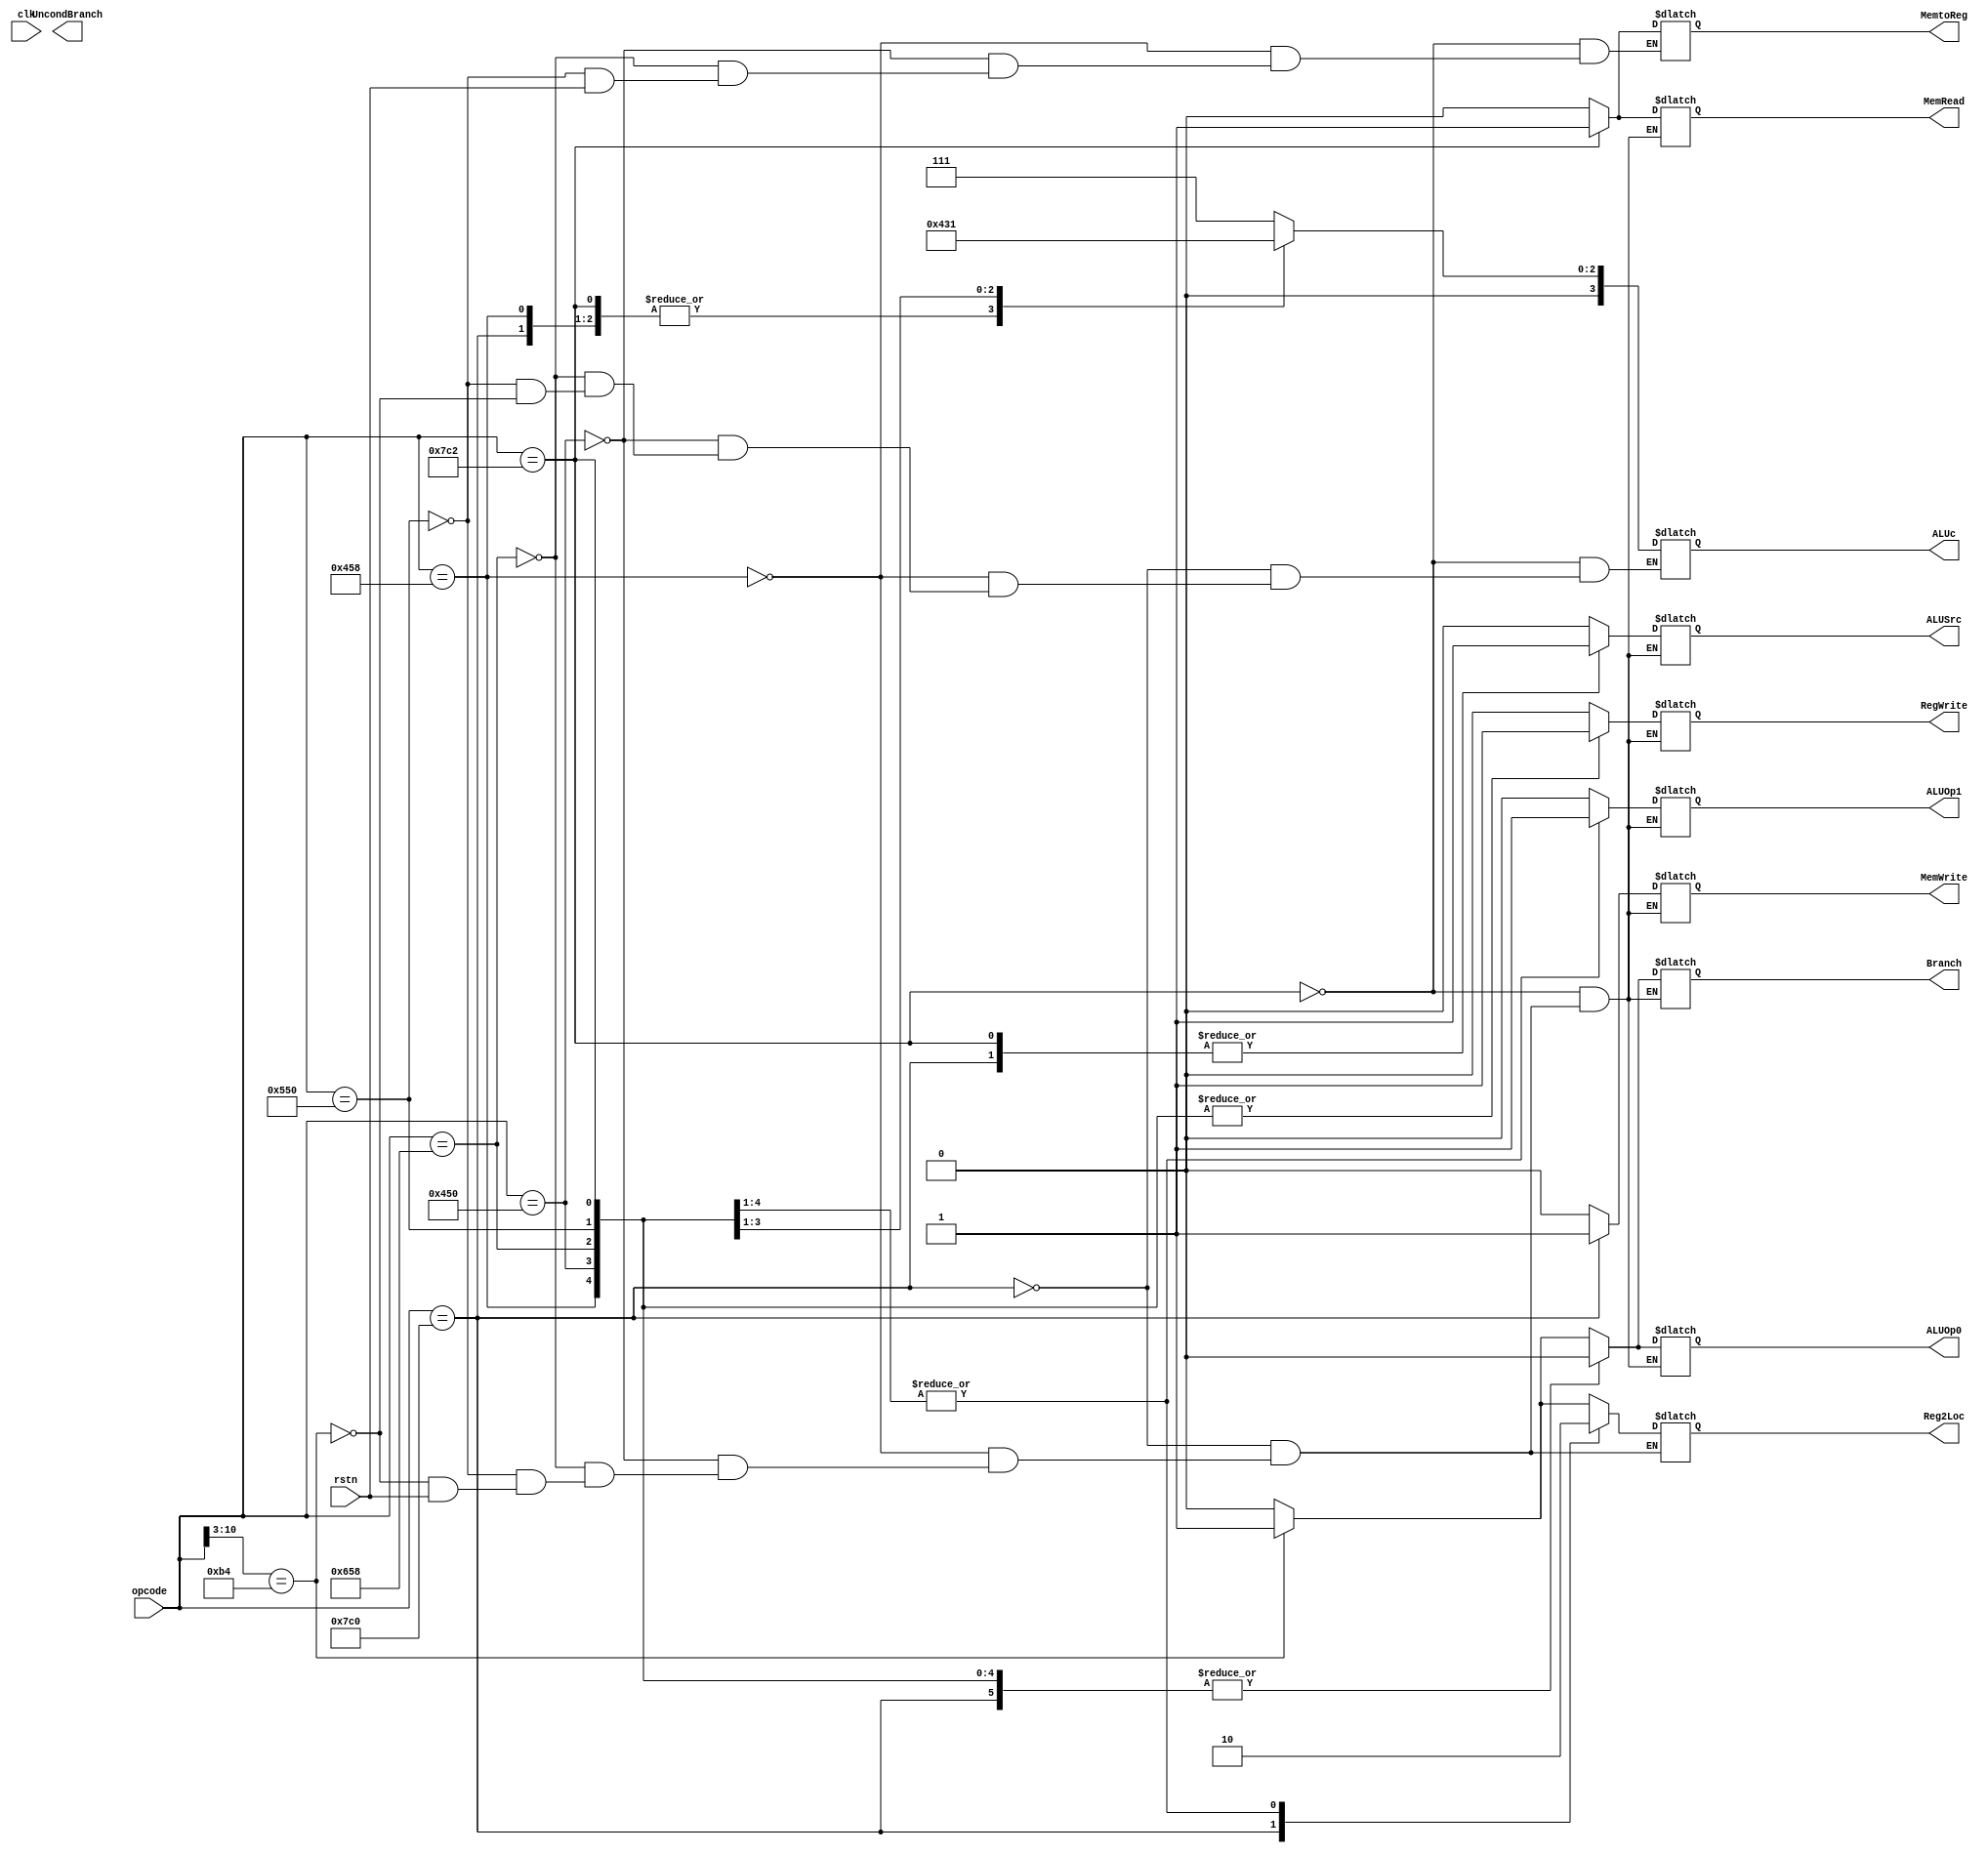
`timescale 1ns / 1ps

//DEBUG chekc if passing in is correct
module Controller(
    input clk,
    input [10:0]opcode,
    output reg Reg2Loc, ALUSrc, MemtoReg, RegWrite, MemRead, MemWrite, Branch, ALUOp1, ALUOp0,UncondBranch,
    output reg[3:0] ALUc,
    input rstn
    );
    
   // reg Reg2Loc, ALUSrc, MemtoReg, RegWrite, MemRead, MemWrite, Branch, ALUOp1, ALUOp0;
    
    //wire [11:0] opcode;
    //assign opcode = op;

    
    
    always @(*) begin //As soon as it gets input, runs operation
    
        if (rstn == 0) begin
            Reg2Loc = 0;
            ALUSrc = 0;
            MemtoReg = 0;
            RegWrite = 0;
            MemRead = 0;
            MemWrite = 0;
            Branch = 0;
            ALUOp1 = 0;
            ALUOp0 = 0;
            //ALUc = 4'b0000;
        end
    
        case(opcode[10:3])
            //CBZ
            8'b10110100: begin
                Reg2Loc = 1;
                ALUSrc = 0;
                RegWrite = 0;
                MemRead = 0;
                MemWrite = 0;
                Branch = 1;
                ALUOp1 = 0;
                ALUOp0 = 1; 
                ALUc = 4'b0111;
                //MemtoReg = don't care                   
                
                //          COND_BR_Address = operation[23:5];
                //          Rd = operation[4:0];
            end
        endcase
//        case(opcode[11:6])    //dont need to have branch
//              //B
//              6'b000101: begin
//                ALUSrc = 0;
//                MemtoReg = 0;
//                RegWrite = 0;
//                MemRead = 0;
//                MemWrite = 0;
//                Branch = 0;
//                ALUOp1 = 0;
//                ALUOp0 = 0; 
//                ALUc = 4'b0000;
//                UncondBranch = 1;
//              end
//          endcase
        case (opcode)
            //LDUR
            11'b11111000010: begin       
                ALUSrc = 1;
                MemtoReg = 1;
                RegWrite = 1;
                MemRead = 1;
                MemWrite = 0;
                Branch = 0;
                ALUOp1 = 0;
                ALUOp0 = 0; 
                ALUc = 4'b0010;

                //Reg2Loc = don't care
                
                //          DT_Address = operation[20:12];
                //          op = operation[11:10];
                //          Rn = operation[9:5];
                //          Rd = operation[4:0];
            end
            
            //STUR
            11'b11111000000: begin
                Reg2Loc = 1;
                ALUSrc = 1;
                RegWrite = 0;
                MemRead = 0;
                MemWrite = 1;
                Branch = 0;
                ALUOp1 = 0;
                ALUOp0 = 0; 
                ALUc = 4'b0010;

                //MemtoReg = don't care
                  
                //          DT_Address = operation[20:12];
                //          op = operation[11:10];
                //          Rn = operation[9:5];
                //          Rd = operation[4:0];
            end
            
            //ADD
            11'b10001011000: begin   
                Reg2Loc = 0;
                ALUSrc = 0;
                MemtoReg = 0;
                RegWrite = 1;
                MemRead = 0;
                MemWrite = 0;
                Branch = 0;
                ALUOp1 = 1;
                ALUOp0 = 0; 
                ALUc = 4'b0010;
                              
                //          Rm = operation[20:16];
                //          Shamt = operation[15:10];
                //          Rn = operation[9:5];
                //          Rd = operation[4:0];
            end
            
            //AND
            11'b10001010000: begin                
                Reg2Loc = 0;
                ALUSrc = 0;
                MemtoReg = 0;
                RegWrite = 1;
                MemRead = 0;
                MemWrite = 0;
                Branch = 0;
                ALUOp1 = 1;
                ALUOp0 = 0;
                ALUc = 4'b0000;

                //          Rm = operation[20:16];
                //          Shamt = operation[15:10];
                //          Rn = operation[9:5];
                //          Rd = operation[4:0];
            end
            
            //SUB
            11'b11001011000: begin
                Reg2Loc = 0;
                ALUSrc = 0;
                MemtoReg = 0;
                RegWrite = 1;
                MemRead = 0;
                MemWrite = 0;
                Branch = 0;
                ALUOp1 = 1;
                ALUOp0 = 0; 
                ALUc = 4'b0110;
                
                //          Rm = operation[20:16];
                //          Shamt = operation[15:10];
                //          Rn = operation[9:5];
                //          Rd = operation[4:0];
            end
            
            //ORR
            11'b10101010000: begin               
                Reg2Loc = 0;
                ALUSrc = 0;
                MemtoReg = 0;
                RegWrite = 1;
                MemRead = 0;
                MemWrite = 0;
                Branch = 0;
                ALUOp1 = 1;
                ALUOp0 = 0;
                ALUc = 4'b0001;
                
                //          Rm = operation[20:16];
                //          Shamt = operation[15:10];
                //          Rn = operation[9:5];
                //          Rd = operation[4:0];
            end
        endcase
    end

    
    
    
    
endmodule